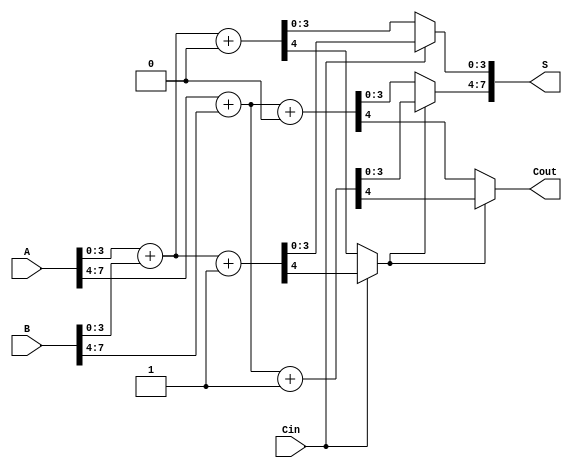
module carry_select_adder #(parameter N = 8, parameter M = 4) (
    input  [N-1:0] A,
    input  [N-1:0] B,
    input          Cin,
    output [N-1:0] S,
    output         Cout
);
    // Intermediate signals
    wire [M-1:0] S1_0, S1_1, S2_0, S2_1;
    wire Cout_1_0, Cout_1_1, Cout_2_0, Cout_2_1;

    // Block 1: Addition of the first 4 bits
    assign {Cout_1_0, S1_0} = A[M-1:0] + B[M-1:0] + 1'b0; // Cin = 0
    assign {Cout_1_1, S1_1} = A[M-1:0] + B[M-1:0] + 1'b1; // Cin = 1

    // Block 2: Addition of the last 4 bits
    assign {Cout_2_0, S2_0} = A[N-1:M] + B[N-1:M] + 1'b0; // Cin = 0
    assign {Cout_2_1, S2_1} = A[N-1:M] + B[N-1:M] + 1'b1; // Cin = 1

    // MUX to select the appropriate sum and carry output for Block 1
    wire select_block1 = Cin; // Use Cin to select between S1_0 and S1_1
    wire [M-1:0] S1_selected = select_block1 ? S1_1 : S1_0;
    wire Cout_1_selected = select_block1 ? Cout_1_1 : Cout_1_0;

    // MUX to select carry-in for Block 2 based on the carry-out from Block 1
    wire select_block2 = Cout_1_selected; // Use Cout from Block 1 for Block 2
    wire [M-1:0] S2_selected = select_block2 ? S2_1 : S2_0;
    wire Cout_2_selected = select_block2 ? Cout_2_1 : Cout_2_0;

    // Final sum and carry-out
    assign S = {S2_selected, S1_selected};
    assign Cout = Cout_2_selected; // Final carry-out

endmodule